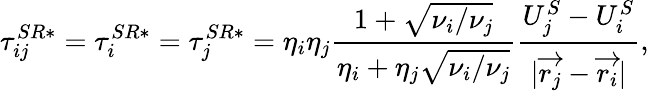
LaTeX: \tau_{ij}^{SR*}=\tau_{i}^{SR*}=\tau_{j}^{SR*}=\eta_{i}\eta_{j}\frac{1+\sqrt{\nu_{i}/\nu_{j}}}{\eta_{i}+\eta_{j}\sqrt{\nu_{i}/\nu_{j}}}\frac{U_{j}^{S}-U_{i}^{S}}{|\overrightarrow{r_{j}}-\overrightarrow{r_{i}}|},